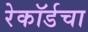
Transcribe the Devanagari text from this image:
रेकॉर्डचा